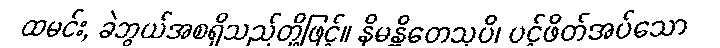
ထမင်း, ခဲဘွယ်အစရှိသည်တို့ဖြင့်။ နိမန္တိတေသုပိ၊ ပင့်ဖိတ်အပ်သော